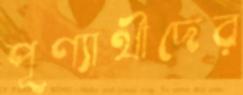
পূণ্যার্থীদের